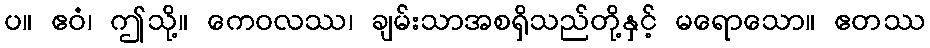
ပ။ ဧဝံ၊ ဤသို့။ ကေဝလဿ၊ ချမ်းသာအစရှိသည်တို့နှင့် မရောသော။ ဧတဿ